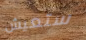
ستعيش